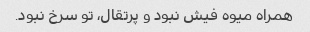
همراه میوه فیش نبود و پرتقال، تو سرخ نبود.